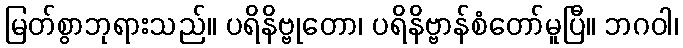
မြတ်စွာဘုရားသည်။ ပရိနိဗ္ဗုတော၊ ပရိနိဗ္ဗာန်စံတော်မူပြီ။ ဘဂဝါ၊